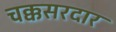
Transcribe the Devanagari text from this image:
चक्कसरदार